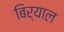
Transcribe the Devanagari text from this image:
बिर्याल